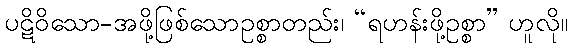
ပဋိဝိသော-အဖို့ဖြစ်သောဥစ္စာတည်း၊ “ရဟန်းဖို့ဥစ္စာ” ဟူလို။